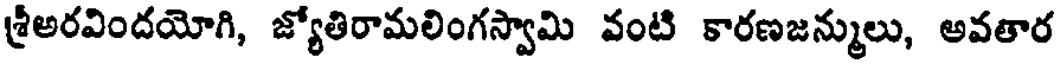
శ్రీఅరవిందయోగి, జ్యోతిరామలింగస్వామి వంటి కారణజన్ములు, అవతార